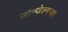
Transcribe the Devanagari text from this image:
जौन्जेल्गावा